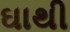
ઘાથી